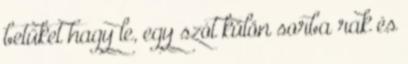
betűket hagy le, egy szót külön sorba rak és